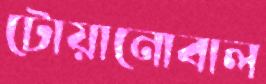
টোয়ানোবাল